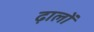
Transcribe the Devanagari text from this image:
ढ़ालों